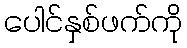
ပေါင်နှစ်ဖက်ကို